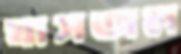
ঘাসজল